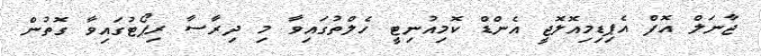
ޖާނަލް އޮފް އެޕިޑިމިއޮލޮޖީ އެންޑް ކޮމިއުނިޓީ ހެލްތުގައިވާ މި ދިރާސާ ރިޕޯޓުގައިވާ ގޮތުން